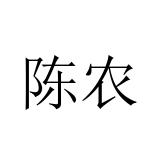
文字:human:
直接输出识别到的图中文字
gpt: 陈农